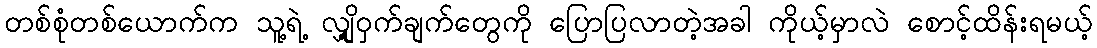
တစ်စုံတစ်ယောက်က သူ့ရဲ့ လျှို့ဝှက်ချက်တွေကို ပြောပြလာတဲ့အခါ ကိုယ့်မှာလဲ စောင့်ထိန်းရမယ့်